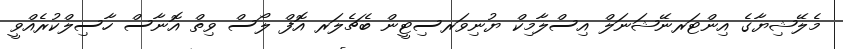
މެލޭޝިޔާގެ އިންޓަރނޭޝަނަލް އިސްލާމިކް ޔުނިވަރސިޓީން ބެޗެލަރ އޮފް ލޯސް ވިތް އޮނާސް ހާސިލްކުރެއްވީ